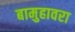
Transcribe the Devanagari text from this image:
बामुहावरा